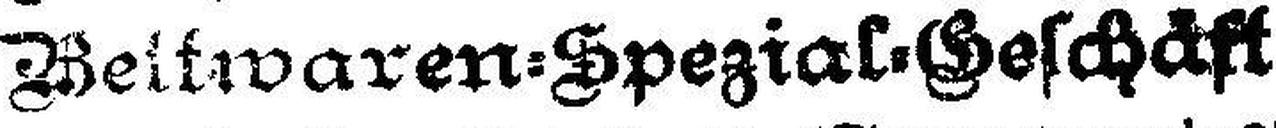
Beltwaren=Spezias-Geschäft